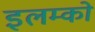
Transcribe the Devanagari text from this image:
इलम्को